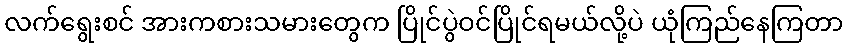
လက်ရွေးစင် အားကစားသမားတွေက ပြိုင်ပွဲဝင်ပြိုင်ရမယ်လို့ပဲ ယုံကြည်နေကြတာ